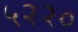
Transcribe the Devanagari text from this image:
५२२०